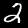
Label: 2